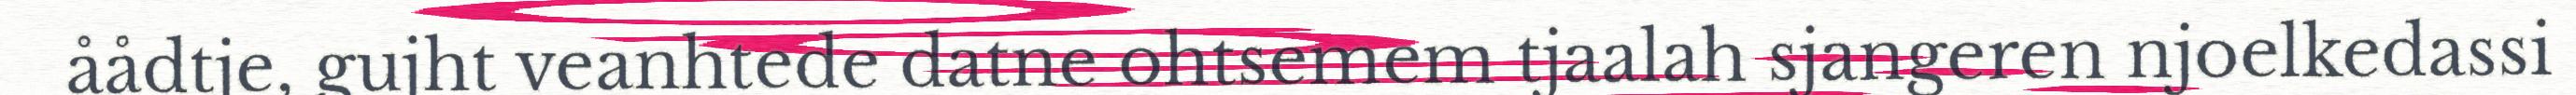
åådtje, gujht veanhtede datne ohtsemem tjaalah sjangeren njoelkedassi